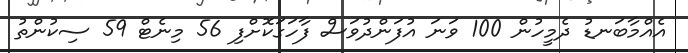
އެއްމާބަނޑު ދެމީހުން 100 ވަނަ އުފަންދުވަސް ފާހަގަކޮށްފި 56 މިނެޓް 59 ސިކުންތު